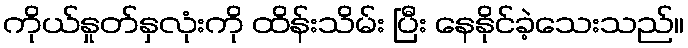
ကိုယ်နှုတ်နှလုံးကို ထိန်းသိမ်း ပြီး နေနိုင်ခဲ့သေးသည်။